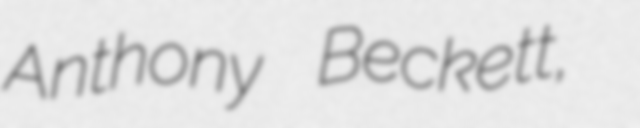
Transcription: Anthony Beckett,